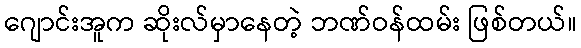
ဂျောင်းအူက ဆိုးလ်မှာနေတဲ့ ဘဏ်ဝန်ထမ်း ဖြစ်တယ်။